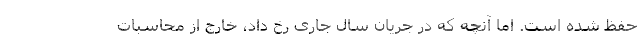
حفظ شده است. اما آنچه که در جریان سال جاری رخ داد، خارج از محاسبات